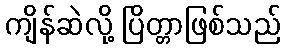
ကျိန်ဆဲလို့ ပြိတ္တာဖြစ်သည်